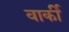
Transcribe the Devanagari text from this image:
वार्की